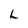
Character: L